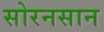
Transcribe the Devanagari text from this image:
सोरनसान